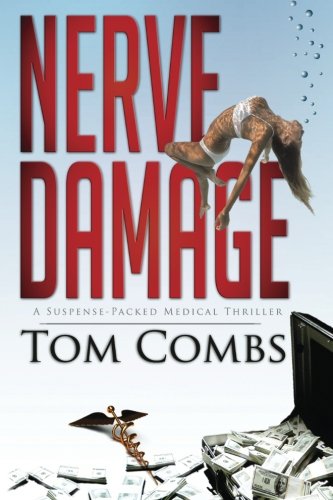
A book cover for Nerve Damage; Tom Combs; Mystery, Thriller & Suspense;